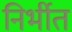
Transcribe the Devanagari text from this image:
निर्भीत